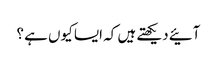
آئیے دیکھتے ہیں کہ ایسا کیوں ہے ؟